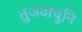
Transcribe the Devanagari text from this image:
तुजवाचुनि